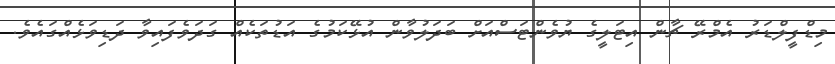
މިޑްފީލްޑަރު އެމްރޭ ޗާން އިޓަލީގެ ޔުވެންޓަސްއަށް ބަދަލުވާން އުޅޭކަމުގެ އަޑުތަކެއް ގަދަވެފައިވާ ދަޑިވަޅެއްގައެވެ.